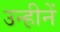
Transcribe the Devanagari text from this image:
उन्हीनें